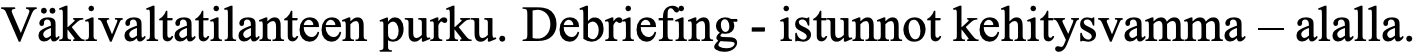
Väkivaltatilanteen purku. Debriefing - istunnot kehitysvamma – alalla.